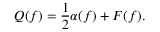
Q ( f ) = { \frac { 1 } { 2 } } \alpha ( f ) + F ( f ) .